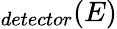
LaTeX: _{detector}(E)